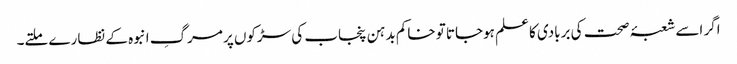
اگر اسے شعبۂ صحت کی بربادی کا علم ہوجاتا تو خاکم بدہن پنجاب کی سڑکوں پر مرگِ انبوہ کے نظارے ملتے۔